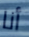
أنا